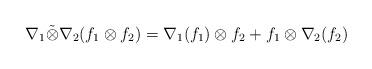
LaTeX: \begin{align*}\nabla_1\tilde{\otimes}\nabla_2(f_1\otimes f_2)=\nabla_1(f_1)\otimes f_2+f_1\otimes\nabla_2(f_2) \end{align*}